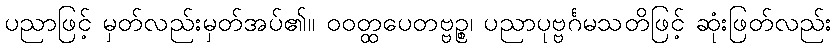
ပညာဖြင့် မှတ်လည်းမှတ်အပ်၏။ ဝဝတ္ထပေတဗ္ဗဉ္စ၊ ပညာပုဗ္ဗင်္ဂမသတိဖြင့် ဆုံးဖြတ်လည်း